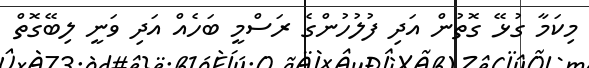
މިކަމާ ގުޅޭ ގޮތުން އަދި ފުލުހުންގެ ރަސްމީ ބަހެއް އަދި ވަނީ ލިބޭގޮތް